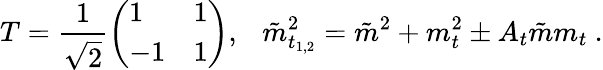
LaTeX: T=\frac{1}{\sqrt{2}}\left(\begin{array}{ll}{{1}}&{{1}}\\ {{-1}}&{{1}}\end{array}\right),~~~\tilde{m}_{t_{1,2}}^{2}=\tilde{m}^{2}+m_{t}^{2}\pm A_{t}\tilde{m}m_{t}\ .